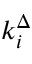
k _ { i } ^ { \Delta }